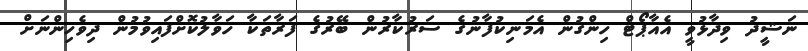
ނަޝީދު ވިދާޅުވީ އެއާޕޯޓް ހިންގުން އެމަނިކުފާނުގެ ސަރުކާރުން ބޭރުގެ ފަރާތަކާ ހަވާލުކޮށްފައިވުމުން ދިވެހިންނަށް